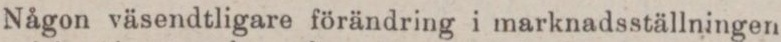
Någon väsendtligare förändring i marknadsställningen